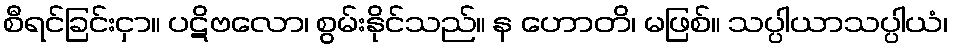
စီရင်ခြင်းငှာ။ ပဋိဗလော၊ စွမ်းနိုင်သည်။ န ဟောတိ၊ မဖြစ်။ သပ္ပါယာသပ္ပါယံ၊